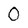
Character: O